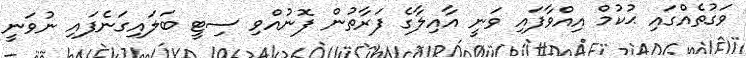
ވަގުތެއްގައި ޙުކުމް އިއްވާފައި ވަނީ އާއިލާގެ ފަރާތުން ފޮނުއްވި ސިޓީ ބަލައިގަނެފައި ނުވަނީ